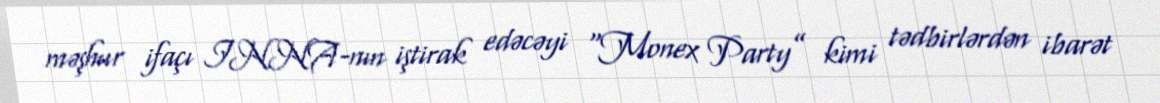
məşhur ifaçı INNA-nın iştirak edəcəyi “Monex Party” kimi tədbirlərdən ibarət